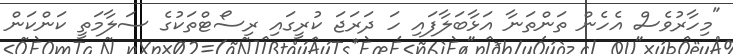
"މިހާރުވެސް އެހެން ތަންތަނާ އަޅާބަލާފައި ހަ ދަރަޖަ ކުރީގައި ރިސޯޓްތަކުގެ ސަލާމަތީ ކަންކަން